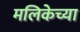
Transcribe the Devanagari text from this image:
मलिकेच्या